Language: tamil
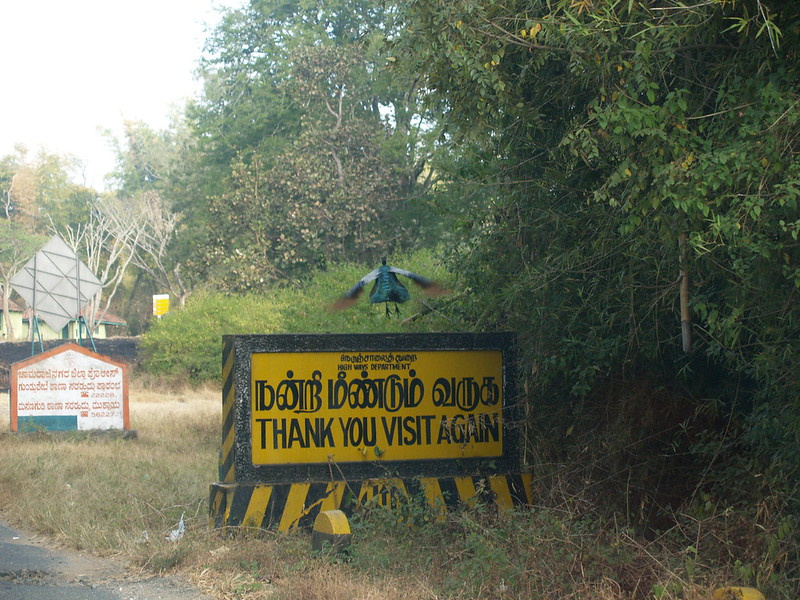
Transcription: நன்றி மீண்டும் வருக